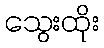
သွေးထိုး